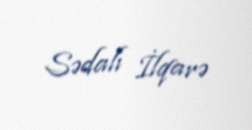
Sədalı İlqarə